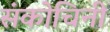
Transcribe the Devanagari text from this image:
संकोचिनी